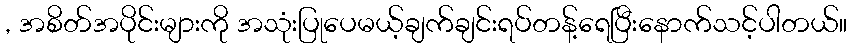
, အစိတ်အပိုင်းများကို အသုံးပြုပေမယ့်ချက်ချင်းရပ်တန့်ရေပြီးနောက်သင့်ပါတယ်။